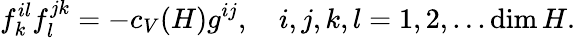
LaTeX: f_{k}^{il}f_{l}^{jk}=-c_{V}(H)g^{ij},~~~~i,j,k,l=1,2,...\dim H.